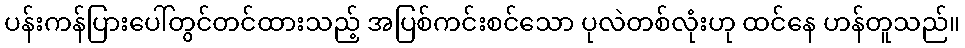
ပန်းကန်ပြားပေါ်တွင်တင်ထားသည့် အပြစ်ကင်းစင်သော ပုလဲတစ်လုံးဟု ထင်နေ ဟန်တူသည်။